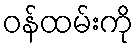
ဝန်ထမ်းကို